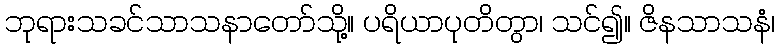
ဘုရားသခင်သာသနာတော်သို့။ ပရိယာပုတိတွာ၊ သင်၍။ ဇိနသာသနံ၊